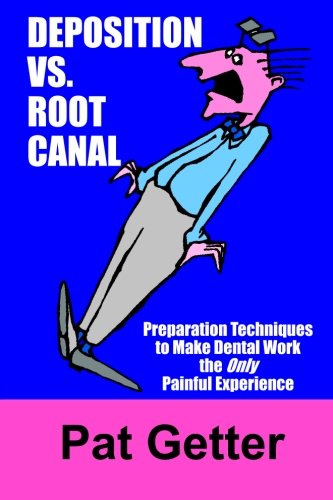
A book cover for Deposition vs. Root Canal: Preparation Techniques to Make Dental Work the Only Painful Experience; Pat Getter; Law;